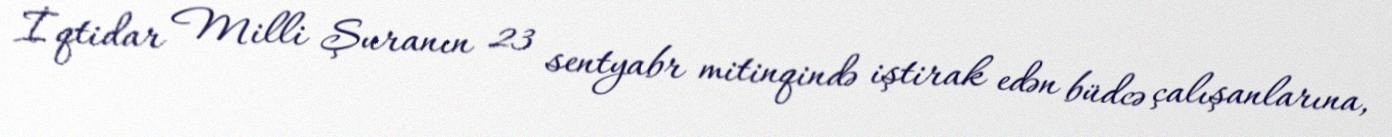
İqtidar Milli Şuranın 23 sentyabr mitinqində iştirak edən büdcə çalışanlarına,